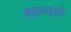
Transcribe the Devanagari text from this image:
भाग्याचे